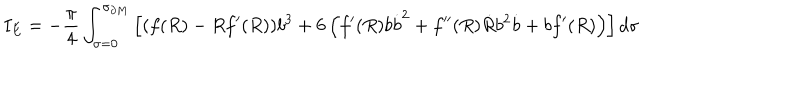
I _ { E } = - \frac { \pi } { 4 } \int _ { \sigma = 0 } ^ { \sigma _ { \partial M } } \left[ ( f ( R ) - R f ^ { \prime } ( R ) ) b ^ { 3 } + 6 \left( f ^ { \prime } ( R ) b \dot { b } ^ { 2 } + f ^ { \prime \prime } ( R ) \dot { R } b ^ { 2 } \dot { b } + b f ^ { \prime } ( R ) \right) \right] d \sigma